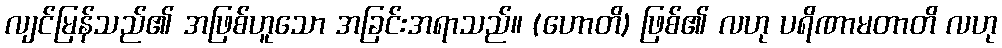
လျင်မြန်သည်၏ အဖြစ်ဟူသော အခြင်းအရာသည်။ (ဟောတိ) ဖြစ်၏ လဟု ပရိဏာမတာတိ လဟု